Annual report on the lock hospitals of the Madras Presidency
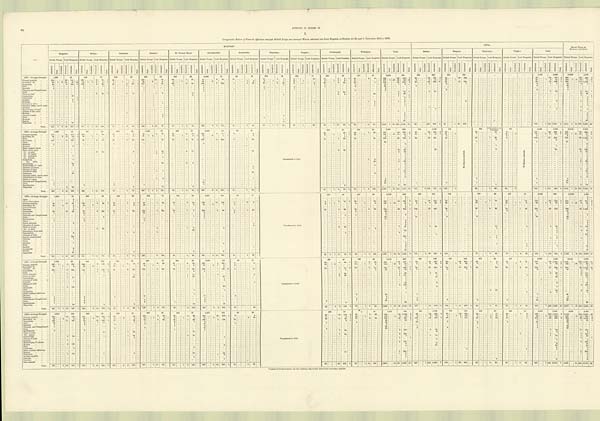
62
APPENDIX TO REPORT ON
I.
Comparative Return of Venereal Affections amongst British Troops and amongst Women admitted into Lock Hospitals at Stations for the past 5 Years from 1874 to 1878.
—
MILITARY.
CIVIL.
G R A N D T O T A L O F
MILITARY AND CIVIL.
Bangalore.
Bellary.
Cannanore.
Kamptee.
St. Thomas. Mount.
Secunderabad.
Seetabuldee.
Thayetmyo.
Tonghoo.
Trichinopoly.
Wellington.
Total.
Madras.
Rangoon.
Thayetmyo.
Tonghoo.
Total.
British Troops. Lock Hospitals. British Troops. Lock Hospitals. British Troops. Lock Hospitals. British Troops. Lock Hospitals. British Troops. Lock Hospitals. British Troops. Lock Hospitals. British Troops. Lock Hospitals. British Troops. Lock Hospitals. British Troops. Lock Hospitals. British Troops. Lock Hospitals. British Troops. Lock Hospitals. British Troops. Lock Hospitals. British Troops. Lock Hospitals. British Troops. Lock Hospitals British Troops. Lock Hospitals. British Troops. Lock Hospitals. British Troops. Lock Hospitals. British Troops. Look Hospitals.
A d m i t t e d .
Died.
I N v a l i d e d .
R e m a i n e d .
A d m i t t e d
D i e d .
A d m i t t e d .
D i e d .
I n v a l i d e d . Re ma i ne d.
A d m i t t e d .
D i e d .
A d m i t t e d .
Died.
I n v a l i d e d . R e ma i n e d .
A d m i t t e d .
Died.
A d m i t t e d .
D i e d .
I n v a l i e d e d . Re ma i ne d.
A d m i t t e d .
Died.
Admi t t t e d.
Died.
I nva l i de d.
R e m a i n e d .
Admi t t ed.
Died.
A d m i t t e d .
Died.
I n v a l i d e d . Remained.
A d m i t t e d .
D i e d .
A d m i t t e d .
Died.
I n v a l i d e d .
R e m a i n e d .
A d m i t t e d .
Died.
A d m i t t e d .
D i e d .
I n v a l i d e d .
R e m a i n e d .
A d m i t t e d .
D i e d .
A d m i t t e d .
Di e d .
I n v a l i d e d . R e m a i n e d .
A d m i t t e d .
D i e d .
A d m i t t e d .
D i e d .
I n v a l i d e d . Re ma i ne d.
A d m i t t e d .
D i e d .
A d m i t t e d .
D i e d .
I n v a l i d e d . R e m a i n e d .
A d m i t t e d .
Died.
A d m i t t e d .
D i e d .
I n v a l i d e d .
R e m a i n e d .
A d m i t t e d .
D i e d .
A d m i t t e d .
D i e d .
I n v a l i d e d .
R e m a i n e d .
A d m i t t e d .
D i e d .
A d m i t t e d .
D i e d .
I n v a l i d e d .
R e m a i n e d .
A d m i t t e d .
D i e d .
A d m i t t e d .
D i e d .
I n v a l i d e d . R e m a i n e d .
A D m i t t e d .
D i e d .
A d m i t t e d .
D i e d .
I n v a l i d e d
Re ma i n e d .
A d m i t t e d .
D i e d .
A d m i t t e d .
D i e d .
I n v a l i d e d .
R e m a i n e d .
A d m i t t e d .
D i e d .
A d m i t t e d .
D i e d .
I n v a l i d e d .
R e m a i n e d .
A d m i t t e d .
D i e d .
1874.—Average Strength.
1 , 6 8 0
97
838
73
589
29
995
72
354
28
2,465
78
46
19
678
19
428
13
250
3 5
471
31
8,814
494
603
929
872
353
...
...
1, 475
1,282
10,289
1,776
Primary syphilis
...
...
164
...
...
20
151
..
200
.
.
6
79
1
23
1
7
...
239 ...
.
16
76
...
25
...
...
1
39
...
44
2
29
13
1 6
2
7
34
6
1 21
2
6
...
793
56
419
2
3 3
34
2 2 1 3 34
30
249
67
...
...
64
470
3
860
120
889
5
Secondary do.
...
...
60
1
6
21
37
15
62
1
1
3
3
1
5
1
1
50
6
2
2
1
..
...
...
64
9
1
4
6
1
1
15
1
.
20
...
14
...
1 1
11
. . .
. . .
. .
. . .
. . .
277 2
27
26
52
16
9
6
21
1
23
1
32
... 1
6
21
1
309 2
18 32
73 17
Gonorrhœa
...
...
...
83
...
...
6
124
2
109
...
...
4
36
.. 25
3
23
1
117
...
...
1
10
...
29
3
40
149
7
132
7
4
59
2 9
5
29
11
2
2
20
1
...
605
35
503
3
55
62
582
*1
30
13
100
85
...
...
75 682
1
690
...
... 110
1,185 4
Bubo................
1
3
1
1
1
5
...
...
..
...
1
...
...
...
..
4
26
1
12
1
3
1
3
1
3
1 1
15
2
4
Balanitis ... ... ...
4
4
4
1
4
2
2
1
1
.
... 2
24
2
2
26
Phimosis and Paraphimosis ...
1
2
1
1
1
1
6
6
Gleet ... ... ...
...
...
...
...
...
...
...
..
...
2
29
1
...
...
...
...
...
...
...
...
...
...
...
...
...
...
...
...
...
...
1
...
..
...
...
..
...
...
...
...
...
...
...
...
...
...
. . .
. . . 1
2
. . . ...
...
3
3
.
5
Ulcer os uteri
1
9
1
3
10
..
...
.
...
...
...
...
...
1 ..
. . .
...
...
...
...
...
...
..
...
2
26
6
77
2
37
2 37
8
114
1
Leucorrhœa ... ...
...
...
...
19
..
...
...
...
...
...
...
...
...
...
...
...
...
...
... ...
...
...
...
...
...
...
5
...
...
...
...
...
...
...
...
...
...
...
...
...
...
...
... ...
2
4
...
...
... 19
2
48
1
...
...
...
..
...
...
...
...
...
...
...
...
...
...
...
2
48
Carcenoma ... ... ...
1
1
...
...
...
...
...
. . .
...
...
...
. . .
....
.
...
...
...
...
...
...
...
...
...
...
...
...
...
...
...
...
...
..
...
...
...
... ...
...
...
1
1
. . . . . .
...
....
. . .
...
...
...
.
...
...
...
...
....
...
...
...
...
...
...
.
...
...
...
...
...
...
...
...
...
...
...
... 1
1
Anæmia
...
...
...
...
...
...
...
2
1
...
...
...
...
...
...
..
...
...
...
...
...
...
...
...
...
...
...
...
...
...
...
...
...
...
...
...
...
...
...
...
..
...
...
...
...
...
...
...
...
...
...
..
...
...
...
...
...
...
...
...
...
...
...
...
...
...
...
...
... 2
...
...
...
...
...
...
...
...
...
...
...
...
...
...
...
...
...
...
...
...
...
...
...
...
..
....
...
...
...
...
... ...
... 2
1
Debilitas ... ... ...
1
..
...
...
...
... ...
...
...
...
...
..
...
...
...
...
...
...
...
...
...
...
...
...
...
...
...
... ...
. . .
1
1
...
...
...
...
...
...
..
...
...
...
... 1
Condyloma vulva ... ...
...
...
...
...
...
...
...
...
...
...
... ...
1
...
...
...
..
...
...
...
...
...
...
. . .
1
3
1
5
1
2
2
1 7
Granular inflam. cervix uteri.
...
...
...
...
...
...
..
...
..
...
...
...
...
...
...
...
...
...
...
...
..
...
..
...
...
.
...
...
...
...
...
...
... ...
..
...
. . .
...
...
...
...
...
...
...
. . .
...
...
...
...
...
1
.
...
... ...
1
...
...
...
...
...
...
...
...
...
...
...
...
...
... ...
1
Abrasion
...
...
...
...
...
...
.
...
...
...
...
. .
...
... ...
...
...
...
...
...
...
...
...
...
...
...
...
...
...
...
...
...
...
...
....
...
..
...
1
1
.
1
Hypertrophy of labia
...
...
...
...
...
...
...
...
...
...
...
...
...
...
...
...
...
...
...
...
...
... ...
...
...
...
...
...
...
...
...
...
...
...
...
...
...
...
...
...
...
...
...
...
..
..
...
...
...
...
...
...
...
...
...
...
...
...
....
...
...
...
...
..
...
...
...
...
..
1
...
...
...
...
..
...
...
1
1
Abscess of the vulva
...
...
...
...
...
...
..
...
...
...
...
..
...
...
...
..
...
...
...
...
...
...
...
.........
...
...
...
...
...
...
...
...
..
...
..
...
...
... ...
...
...
...
... ...
...
...
...
...
...
...
...
. . .
...
...
...
...
...
...
...
...
. .
...
...
...
. . . ...
...
1
. .
...
...
...
... 1
.
...
...
...
... 1
Metritis
..
...
..
..
...
1
...
...
...
...
...
...
...
...
...
...
...
...
...
...
...
...
...
...
...
...
...
..
...
...
...
...
...
...
...
...
...
. . .
...
...
. .
...
...
...
...
...
...
. .
...
...
...
...
...
...
1
...
...
...
...
...
...
...
...
...
...
Abscess of labia ... ...
...
...
...
...
...
...
. . .
...
...
...
...
...
. . .
...
..
...
...
...
...
...
1
...
..
...
..
..
..
...
...
...
...
...
...
...
...
..
...
...
...
...
...
...
...
...
.
1
1
Ulcer ...
...
...
...
...
...
...
...
...
...
...
...
. . .
...
...
...
...
...
...
...
3
...
...
...
...
...
...
...
...
...
...
...
...
...
3
...
...
...
...
...
...
...
...
...
...
. . .
...
...
. . ...
...
6
6
Enuresis
...
...
...
...
...
...
...
...
...
...
...
...
...
...
...
...
...
...
..
...
..
...
...
...
...
...
...
...
...
...
...
...
...
...
...
..
1
...
...
...
...
...
...
...
...
...
1
1
Scabies
...
...
...
...
...
...
...
...
...
...
...
...
...
..
...
...
...
...
..
...
...
...
...
...
...
...
...
...
...
...
...
...
...
...
..
...
...
...
...
...
...
...
...
. . . ... 1
...
...
...
..
...
...
...
...
. . .
. . .
...
...
...
..
...
1
1
Observatio
...
...
...
...
...
...
1
23
......
...
...
...
...
....
...
...
...
...
...
...
...
...
...
...
..
...
...
...
...
...
....
...
...
2
. .
... ...
. . .
...
...
...
...
...
. . .
...
...
...
......
25
...
...
...
...
...
...
...
1
25
...
Total....
312
1
6
49
357
19
378
1
1 15 148 3
57
..
1
6
40
1
408
...
6 18
96
...
57
...
1
4
94
...
269
...
9
9
161
..
21
5
63
54
...
1
7
45
... 63
1
26
44
...
1
13
84
1
56
...
...
3
31
...
1,719
2
27 130 1,146 24
99
106 862
5
93
1
43
352
...
192
...
1 149 1,214
5
1,911
2
18 279 2,360
29
1875 .—Average Strength
1,667
85
9 0 7
95
612
32
1,006
80
367
31
2,280
111
47
19
Transferred to Civil.
280
41
5 0 3
34
7,669
528
524
1,090
744
N o R e t u r n r e c e i v e d .
680
Information not
furnished.
471
No Return received.
2,449
1,090
10,118
1,618
Primary syphilis
...
...
110
...
.
21
117
3
125
...
..
7
64
...
15
1
9
72
..
.
3
25
...
2 5
6
10
..
199
...
.
4
61
..
3
2
20
24
1
49
...
1
25
...
618
43
337
4
36
36
281 2
57
...
.
20
25
8
121
36
306
2
739
79
643
6
Secondary do. ... ...
43
6
18
14
4
58
1
9
5
61
1
2
1 2 1
2
1
67
9
1
1
...
...
...
4
9
1
1
1
26
... 1
...
...
...
285
1
21
18
27
7
34
3
8
19
1
21
1
7
...
...
1
16
2
78
...
6
8
20
1
363
1
27 26
47
8
Bubo
...
...
...
1
1
...
. . ....
...
..
1
...
...
...
...
...
...
...
...
...
...
..
2
...
...
...
..
...
...
...
...
... 1
636
3
...
...
. . . ...
1
...
...
2
3
57
...
6
93
3
1
Gonorrhœa
...
...
...
134 ...
...
11
109
93
2
95
35
4
52
121
52
25
...
3
37
1
193
...
... 14
238
... 9
1
32
14
1
38
12
...
55
...
...
...
36
708
1
6 2 ...
...
56
4 3 1 ..
44
...
...
36
...
...
1
29
...
2
...
...
144
...
...
460
780
...
...
1,168
Ulcer
...
...
...
...
...
...
...
...
...
. .
...
...
..
. .
...
..
...
...
...
...
...
... ...
...
...
...
...
...
...
...
..
...
...
...
...
...
...
...
...
...
...
...
..
...
..
...
..
...
...
...
...
...
...
20
...
...
6
...
...
... 6
6
Balanitis
...
...
...
2
1
7
...
1
...
...
...
...
...
...
...
..
9
...
...
...
..
1
1
21
Anæmia
...
...
...
...
...
...
...
2
..
...
...
...
...
... ...
...
...
...
...
...
...
...
...
...
...
...
...
...
...
...
...
...
...
...
...
...
...
...
...
. . .
...
...
...
.....
...
...
...
...
2
...
. . .
...
...
...
...
...
...
..
...
...
...
...
...
...
...
...
...
...
...
...
...
...
... 2
Recto...vaginal fistula
...
...
...
...
...
...
...
. . .
...
...
.
. . .
...
. . .
...
..
...
. . .
...
...
...
...
...
...
...
...
..
...
...
...
...
...
...
...
...
...
...
...
...
...
...
...
...
...
...
...
...
...
...
...
...
...
...
...
...
...
...
...
...
...
...
...
...
...
...
...
...
1
1
Ulcer cervix uteri ... ...
. .
...
...
...
...
...
...
...
...
...
...
..
...
...
...
..
...
...
...
...
...
...
...
...
...
...
...
...
...
...
...
... 1
.
...
...
...
...
...
...
...
......
...
1
...
...
...
...
...
...
...
...
...
...
... 1
Do. os uteri
6
15
...
3
1
30
3
17
...
...
...
10
...
...
... 3
19
13
94
26
...
...
...
...
...
...
...
...
...
...
... 32
13
126
Do. of vagina ... ...
2
16
...
...
...
...
...
..
...
...
...
...
...
...
...
...
...
...
...
...
...
...
... 2
16
...
...
...
...
...
...
...
...
...
6
...
...
...
2
16
Do. perinæum ... ...
1
. .
...
..
...
...
...
...
...
...
...
...
...
...
...
...
...
...
...
...
...
...
...
..
...
...
...
... 1
...
. .
...
...
...
...
1
Do of labia ... ...
...
...
...
...
...
. . .
...
...
...
...
...
. . .
...
..
. . .
. . .
...
...
...
...
1
...
...
..
. .
...
...
...
...
...
...
...
...
...
...
...
...
...
...
...
...
...
...
...
...
...
1
...
...
...
...
...
...
...
...
...
...
...
...
...
...
...
...
...
...
1
Condyloma ... ... ...
1
..
...
...
..
...
...
...
...
...
...
...
...
...
...
...
...
...
...
...
...
...
...
...
...
...
...
...
...
...
...
...
...
...
...
... 1
...
...
...
...
...
...
...
...
...
...
1
Do. vulva ... ...
.
...
...
. . .
...
...
...
. . .
...
. . .
...
...
...
. . .
...
. . .
...
...
...
. . .
...
...
...
...
...
...
...
. . .
...
...
...
...
...
1
2
1
2
...
...
...
...
...
...
...
...
...
1
2
Leucorrhœa ...
...
...
...
...
...
...
12
...
...
...
...
...
...
...
...
..
...
1
29
2
6
...
...
...
...
...
48
2
96
...
...
...
...
...
..
...
2
96
Hypertrophy of vulva
...
...
...
...
...
2
...
...
...
...
..
...
...
...
...
...
..
...
...
...
....
...
....
...
...
...
..
2
...
...
...
...
...
...
...
...
...
...
...
...
...
...
...
...
...
... 2
Abrasion of uterus....
...
...
...
...
...
...
...
...
...
4
...
...
...
...
...
...
3
7
...
...
...
...
...
...
...
...
...
...
...
...
...
...
...
...
... 7
Œdema of labia ... ...
1
1
...
...
...
...
...
...
...
1
...
...
...
...
...
...
...
...
...
...
..
...
...
...
... 1
...
...
...
...
...
...
...
...
...
...
...
... 1
Abscess of labia
...
...
...
„,
...
...
1
...
...
...
...
. . .
...
...
...
...
...
...
...
...
. . .
...
...
...
...
...
...
...
...
...
... 1
2
...
...
...
...
...
...
...
...
...
...
1
2
Catamenia
...
50
...
...
...
...
..
..
...
...
...
...
...
...
...
...
..
...
...
...
...
...
...
...
...
...
...
10
...
...
...
...
. . .
...
60
...
...
...
...
60
...
Granular inflam. cervix uteri.
...
...
...
...
...
...
...
...
. . .
...
...
. .
. . .
...
...
. .
...
...
...
...
...
...
...
...
...
...
...
...
...
...
...
...
...
...
...
...
...
...
...
...
2
...
...
...
...
...
2
...
...
...
...
...
..
...
...
...
...
...
...
...
...
...
...
...
...
... 2
Inflammation of labia
...
...
...
...
...
...
...
...
...
...
...
...
...
..
...
...
1
1
2
...
...
...
...
...
...
...
...
...
...
...
...
...
...
...
. . .
...
...
...
...
1
...
...
...
...
...
...
...
...
...
...
...
...
...
...
...
... 1
Warts of vagina ... ...
...
...
...
...
. . .
. . .
...
..
...
. . .
...
...
...
...
...
...
...
1
...
...
. . .
...
...
...
...
...
...
...
... 1
3
...
...
. .
...
...
...
...
...
...
...
... 1
3
Phimosis and Paraphimosis....
1
..
...
..
...
...
...
...
...
...
...
...
...
...
...
2
...
...
...
...
..
...
...
...
...
...
...
3
...
...
1
...
...
...
1
4
Gleet ... .......
4
.
...
..
...
...
...
...
...
1
.
...
...
...
...
...
...
...
...
...
..
...
...
13
.
...
...
...
...
...
...
...
...
...
...
...
...
...
...
...
18
...
...
...
...
...
...
...
...
...
...
...
18
Epididymitis....
...
...
7
3
3
2
...
...
5
...
...
...
...
..
...
...
...
...
...
...
...
...
...
....
...
...
20
1
2
1
4
...
...
24
. . ...
...
...
Observatio ... ... ...
2
53
. . .
...
....
...
3
12
3
...
...
...
...
..
...
...
...
...
2
73
...
...
...
...
...
...
1
...
...
...
.....
...
...
...
...
...
...
...
2
74
...
Total ...
302
...
363
7
280
...
1
15
175
...
70
...
...
5
74
...
257
1
2
8
168
...
62
...
1
14
75 2
490
...
9
18
300
1
12
1
64
43
...
1
4
85
2
87
...
1
2
136
...
1,603
1
21
19
1,440
12
133
...
3 100
757
3
125
...
1
66
1
69
28
2
352
...
6 101
826
3
1,955
1
27 220
2,266
15
1876.—Average Strength.
1,641
76
898
80
626
33
909
74
341
28
2,327
121
50
10
Transferred to Civil.
267
40
447
40
7,576
508
636
747
7 4 2
...
674
24
457
11
2,509
782
10,085
1,290
Ague ... ... ... ...
2
...
...
...
...
...
...
...
...
...
...
...
...
...
...
...
...
...
...
...
..
...
...
...
...
...
...
...
...
...
...
...
...
...
...
...
...
...
...
...
...
...
... 2
...
...
...
...
2
...
Acute rhenmatism ...
...
...
...
...
...
1
...
...
...
...
...
...
.
...
...
...
...
...
...
...
...
...
...
...
...
...
...
...
1
.
. . .
......
...
. . . ..
...
...
...
...
...
...
...
...
...
...
...
...
...
...
...
...
...
...
...
...
...
...
...
... 1
Primary syphilis
...
...
40
...
...
10
61
1
141
...
...
4
48
2 13
1
2
1
57
1
50
19
2
12
183
11
143
3
2
2
5
5
18
2 26
55
...
487
..
34
391 6
49
37
313
2
57
19
1
15
48
10 ... 173
...
...
39
338
2
660
.
...
73
729
8
Secondary do. ... ...
24
4
4
.
16
7
40
18
1
3
75
5
1
2
3
1
1
8
1
5
...
187 1
18
... 15
.
8
2
3
29
1
22
4
...
19
... 1
....
10
... 1
1
8
59
...
8
3
37
1
246
1
26
3
62
1
General dropsy
...
...
...
...
...
...
1
...
...
... ...
.....
...
...
...
...
...
...
...
...
... ... 1
1
...
...
.........
. . . .
...
...
...
...
...
...
...
...
...
...
...
...
...
...
...
...
...
...
...
...
1
1
Diarrhœa
...
...
...
...
...
...
...
2
1
108
...
...
... ...
. . .
...
...
...
...
...
...
...
...
...
... ... 2
103
...
...
...
...
...
. . . ...
...
......
...
...
...
...
...
.
...
...
...
...
...
...
...
...
...
...
..
2
Gonorrhœa
...
...
...
88
...
...
12
93
...
75
8 199
1
12
1
62
158
22
1
7
209
3
98
8
1
50
13
...
... 4
33
... 19
3
54
604
33
704
1
55
447
40
37
3
28
14
1
43
194
59 518
798
1,222
1
Balanitis
...
...
... 4
10
1
12
1
9
3
...
...
...
...
. . .
... 2
42
1
4
5
47
Phimosis and Paraphimosis.
...
...
...
...
...
...
1
3
...
...
...
...
.. 2
.
...
...
...
...
.
1
1
3
3
Bubo ...
...
...
...
...
...
...
...
...
...
...
...
...
1
6
...
...
...
...
...
...
... ...
7
5
11
7
5
Epididymitis
...
...
1
5
7
7
...
...
...
...
...
...
...
...
...
...
...
...
...
...
...
...
...
...
20
3
2
16
36
Gleet ... ... ... ...
5
3
3
...
...
...
..
...
...
...
...
...
...
...
...
...
11
11
Pelvic cellutitis
...
...
..
...
...
2
...
..
...
...
... ...
. . .
...
...
...
...
...
...
...
...
...
... ... 2
2
Abrasion of uterus ...
...
...
...
...
..
...
...
...
...
...
...
...
...
..
...
...
...
...
...
...
...
...
...
...
...
...
...
...
...
...
...
...
...
...
...
...
...
...
1
...
...
... ...
. . .
...
...
...
...
...
...
...
...
...
... ... 2
2
Ulcer of uterus
...
...
...
...
...
...
...
...
...
...
2
23
...
...
...
...
...
1
...
2
...
...
. . 2
13
...
...
...
...
...
...
...
...
...
... ... 3
...
...
...
...
...
...
...
..
...
...
...
...
... 3
Do. os uteri
...
...
...
...
...
...
...
...
...
..
2
1
7
4
1
8
7
47
4
36
15
5
4 56
11
103
Excoriation of os uteri ...
...
...
...
...
...
...
...
...
...
...
... 53
...
...
...
...
...
..
...
...
...
1
1
.
...
...
...
... 1
Leucorrhœa ... ... ...
2
...
...
...
...
...
...
..
...
... 1
3
2
...
. . .
...
...
...
...
...
...
...
...
... ...
7
...
...
...
......
...
...
...
...
... ...
73
...
. . . . ...
...
...
...
...
...
...
...
...
...
...
...
...
...
..
...
...
...
...
...
...
...
... 1
...
...
... ...
4
73
...
Abscess of labia ... ...
...
...
...
...
...
...
...
...
...
...
...
...
...
...
...
...
...
...
..
...
...
...
...
...
...
...
...
...
...
...
...
...
...
...
4
..
...
...
...
...
...
...
...
...
...
... 1
... ...
...
1
Scanty menstruation ...
107
..
..
..
..
...
...
...
...
...
...
...
...
...
...
..
...
...
...
..
...
...
...
...
...
...
...
...
...
...
...
...
...
...
...
...
...
..
...
...
...
...
1
..
...
...
...
...
...
...
...
...
107
Abscess
...
...
...
...
...
...
...
1
...
...
...
...
...
...
...
...
...
...
...
...
..
...
...
... ...
. . .
.
...
...
...
...
...
...
...
...
...
107
...
...
...
...
. . .
...
...
...
...
1
...
...
...
...
...
...
...
1
...
...
...
...
... 2
Ulcer ... ... ...
...
...
...
...
...
...
...
...
...
...
...
...
...
...
...
...
..
...
...
...
...
...
...
... ...
. . . . .
1
...
...
...
...
...
...
...
...
...
...
...
...
..
..
...
...
1
1
...
...
...
...
1 1
...
...
...
... 1
1
Whitlow ... ... ...
1
...
...
...
...
...
. . .
...
...
...
...
...
...
...
...
...
...
...
...
...
...
...
...
...
...
...
...
...
...
...
...
...
...
..
...
...
...
...
...
...
...
...
...
...
...
...
...
...
...
...
...
...
...
...
...
...
...
...
...
...
...
...
1
Wart ... ... ...
. . .
...
...
...
. . .
...
...
...
...
...
...
...
...
...
...
...
...
...
...
2
...
...
...
...
...
...
...
...
...
...
..
...
..
...
...
...
...
...
...
... 1
...
...
...
...
...
...
...
...
...
...
...
...
2
Scabies ... ... ...
...
...
...
...
...
...
. . .
...
...
...
...
..
...
...
...
...
...
..
...
...
...
...
...
...
...
...
...
...
...
...
...
...
...
...
...
...
...
...
..
...
...
...
...
...
...
...
...
...
...
...
...
...
...
...
...
2
...
...
...
...
...
...
...
...
...
...
...
...
...
1
...
..
...
...
..
1
1
Condyloma ... ... ...
8
...
..
...
...
...
...
...
...
..
...
...
...
...
...
...
...
...
...
...
...
...
...
...
...
...
...
...
...
...
1
...
..
...
...
...
...
...
..
...
...
...
...
9
1
1
10
Wound
...
...
...
...
...
...
...
1
...
...
...
...
..
...
...
...
...
...
...
...
...
...
..
...
...
...
...
...
...
...
...
...
...
...
...
..
...
...
... ...
. . .
...
...
...
......
...
...
...
... ... 1
1
Observatio ... ... ...
...
...
41
...
...
...
...
...
...
...
...
...
...
4
...
...
2
...
2
...
...
...
...
...
............
...
49
...
...
...
............
...
...
...
...
...
49
...
Total ...
162
...
...
22
327
2
25
.
7
14
273
3
66
...
...
3
74
1
255
...
...
6
158
...
43
...
...
4
85
...
491
...
5
13
250 ...
16
3
56
21
1
1
11
72
2
56
...
1
4
123 ...
1,361
1
18
78 1,418
8
171
...
2
99
826
3
123
..
4
...
. . . ...
77
, .
1
5
...
62
...
76
...
1
2
67
...
447
...
8 106
955
3
1,808
1
26 184 2,373 11
1877.—Average Strength.
1,730
89
844
105
6 3 4
30
830
70
3 2 1
49
2 , 4 0 0
150
49
18
Transferred to Civil.
285
45
523
43
7,616
599
646
809
750
443
572
25
417
2,385
1,277
10,001
1,876
Primary syphilis
...
...
226
1
. . .
4
105
1
242
...
..
6
113
4 6
1
8
1
48 ...
.
3
30
...
3 7
3
16
...
245
...
...
4
282
..
7
2
33
...
.
4
32
1
17
2
39
...
860
1
27
627
7
69
48
397
3
69
28
600
1
20
...
...
1 4
19
...
. . .
2
21
...
177
...
...
79 1,022
4
1,037
1
...
106 1,649
11
Secondary do.
...
...
23
1
2
13
8
14
1
8
1
5
3
65 ...
2
1
2
10
...
5
...
...
...
14
...
1
1
2
...
154
..
19 2
10
5
1 6
39
3
28
2
3
33
4
...
1
...
4
...
4
...
...
...
41
...
7
9 73
3
195
... 26
11
83
3
Tertiary
do. ... ...
...
..
...
...
...
...
...
...
...
...
...
...
...
...
...
...
...
...
...
...
...
*1
44
...
...
...
...
5
...
..
...
...
...
5
Gonorrhœa
...
... ...
170
...
...
2
204
141
...
...
7
273
3
33
...
3
34
...
119
...
...
5
127
...
53
...
...
1
39
...
183
...
...
1
126
5
47
...
52
...
.. 1
1
3 32
2
52
788
..
22
964
7 92
35
424
5
34
10
3 1 0
1
33
...
...
32
25
2
33
184
...
... 47
799
6
972
...
... 69
1,745
13
Bubo ... ... ... ...
7
1
6
1
2
2
...
..
...
...
...
...
...
...
1
...
10
...
...
1
10
1
1 ...
...
...
...
2
7
...
...
...
....
...
...
..
3
7
13
1
17
1
Pelvic cellutitis ... ...
1
..
...
. . .
..
..
...
...
...
...
...
...
...
...
...
...
...
..
...
...
...
...
...
...
...
...
...
...
...
1
1
Ulcer os uteri
...
...
...
...
...
...
...
...
...
2
...
...
...
5
1 11
...
....
...
2
...
...
...
8
1
33
... 4
86
2
27
2
27
..
...
...
6 113
...
Leucorrhœa ... ... ...
1
17
. . .
...
...
...
. . .
..
...
...
39
1
51
27
...
...
...
...
...
2
43
...
...
...
...
...
...
...
...
...
...
4 151
1
4
..
...
5
4
156
Abscess of labia
...
...
...
... ...
...
...
...
...
. . .
...
...
...
...
...
...
...
...
...
...
...
1
...
...
...
...
...
...
...
...
1
16
... 16
17
...
Contusio ... ... ...
1
...
..
...
. .
.
...
...
...
...
...
...
...
...
...
...
...
...
...
...
...
...
...
...
...
...
1
...
...
...
...
...
...
...
...
...
1
1
Œdema of labia ... ...
......
...
...
...
...
...
...
...
...
...
. ..
. . .
....
.. . ...
...
...
...
...
...
...
...
..
...
...
...
.. . 1
...
. . .
...
...
...
...
...
...
...
...
... ... 1
1
Ulcer ... ... ... ...
. . .
...
...
...
...
...
...
...
...
...
...
...
...
...
...
...
...
...
...
...
...
...
...
...
...
...
...
..
...
...
...
...
...
45
2
2
4.
47
Catamenia
...
...
...
...
...
...
4
158
..
...
..
...
...
...
...
. . .
...
...
...
...
...
...
...
...
...
...
...
1
...
...
...
...
...
45
...
...
...
...
...
...
...
...
...
..
...
...
...
...
4 158
...
...
...
...
158
...
Wart ... ... ...
...
...
. . .
.
...
...
...
...
...
...
...
...
...
...
...
...
...
...
...
...
...
...
..
...
...
...
...
...
...
...
..
...
...
...
...
...
...
...
...
... 1
...
...
...
4 ...
...
...
...
...
...
...
...
...
...
...
...
..
...
...
...
...
...
...
...
4
...
5
Condyloma ... ... ...
...
...
...
...
...
...
...
...
...
...
...
...
...
...
..
1
...
...
...
..
...
...
...
...
...
...
...
...
...
1
...
...
...
...
...
...
...
...
...
...
...
...
...
...
...
...
1
Other venereal affections ...
...
...
...
...
...
...
...
...
...
...
...
...
...
..
...
...
...
...
...
...
...
...
...
...
...
...
1
1.
...
...
...
...
...
...
...
...
...
...
...
...
...
...
...
...
...
...
..
...
...
...
...
...
...
..
...
...
...
2
10
...
...
...
...
...
...
... 10
2
10
Metritis
...
...
...
...
...
...
...
...
...
...
...
...
...
..
...
.
...
10
...
...
......
...
...
...
...
...
...
...
...
...
...
...
...
..
...
...
..
...
...
..
..
1
...
...
...
...
...
..
...
...
1
2
1
. ... ...
...
2
Balanitis
...
...
...
1
5
1
..
...
...
. . .
...
17
2
...
...
...
...
. . .
3
...
...
...
...
39
1
...
...
...
...
... 1
40
. ...
...
...
Phimosis and Paraphimosis....
2
1
..
...
...
. . .
...
...
...
...
...
...
...
...
...
...
...
...
...
1
...
...
...
...
..
...
...
...
...
...
...
4
...
...
...
...
...
.
..
...
...
...
4
Gleet ... ... ... ...
1
3
...
...
...
...
...
1
3
...
...
...
...
... 1
9
7
...
...
...
...
. .
...
...
...
...
... 7
16
. ...
...
...
Epididymitis....
...
...
1
8
...
...
...
...
...
3
1
6
12
2
1
22
2 ...
...
...
...
...
6
...
...
...
..
..
2
...
...
...
...
4
...
...
...
..
...
14
36
Observatio ... ... ...
...
60
...
...
...
4
...
...
...
3
...
...
...
...
...
...
..
... 14
...
...
...
..
..
...
...
...
...
... ...
3
...
...
96
..
...
...
....
...
...
.......
...
...
..
...
...
...
...
....
...
96
Total ...
431
1
1
12
547
1
414 1 ...
8
14
398
8
54
..
1
4
89
1
189
...
1
8
157
...
96
...
...
6
138
...
522
...
2
8
503
1
16
58
96
5
8
156 4
68
1
54
94
...
1,886
1
19
65 2,140
15
177
...
1 9 1
910
11
139
...
2
41
9502
59
...
3
47
...
52
...
4
4
59
...
427
...
7 139 1,966 13
2,313
1
26 204 4,106
28
1878.—Average Strength.
1,610
109
869
96
640
47
845
65
313
67
2,471
254
48
20
Transferred to Civil.
269
70
4 0 7
41
7, 472
769
590
1,129
750
464
618
25
398
15
2,356
1,633
9,828
2,402
34
...
...
10
116
3
21
....
.
8
29
...
947
...
82 1,049
8
95
...
..
62
628
5
50
...
59
562
...
24
...
13
26
...
1
9
195 ...
122
1,212
5
1,142
204 2 261
13
Primary syphilis
...
...
220
...
..
15
149
...
171
...
..
13
131
4
38
...
...
...
15
...
102
...
. . .
3
59
...
58
...
..
3
66
...
294
...
...
30
476
1 9
5
Secondary do. ... ...
36
...
3
4
23
3
6
12
2
2
18
1
3
9
1
7
45
3
2
29
11
6
1
18
... 1
. . .
...
1 7 2 ... 14
2
57
1
9
...
1 3
5 5
4
...
2
3
1 7 5
5
... 1
4
15
... 11
1
3
29
... 5
10
248
201
...
19 12 305
1
Gonorrhœa
...
...
186
...
1
197
...
74
13
206
51
43
72
8 65
33
1
68
266
3
146
12
39
...
... 11
83
1
16
...
... 6
76
...
7 4 9
...
...
53
887
4 126
...
35
302
2
45
7
200
... 20
4
23
19
7
... 210
...
...
46
532 2
959
...
...
99 1,419
6
Bubo
...
... ...
20
3
1
15
1
1
2
1
2
1
5
1
...
...
...
...
28
...
... 1
22
1
1
1
29
22
1
Balanitis ... ... ...
7
2
4
3
7
26
1
2
...
53
12
3
2
2
...
...
...
...
..
19
72
Phimosis and Paraphimosis.
1
...
...
...
...
...
...
...
...
...
...
...
1
3
...
...
... ...
. . .
...
5
1
1
6
Gleet
...
...
...
...
...
...
...
...
..
..
...
...
...
...
...
2
5
15
...
...
... ...
. . .
...
...
...
...
...
22
1
1
23
Epididymitis ... ...
5
5
...
. . .
...
...
...
...
...
...
...
1
5
4
20
3
3
..
1
...
...
...
...
...
...
...
...
...
...
7
..
27
.
...
Ulcer os uteri
...
...
...
...
...
...
...
...
...
...
...
15
...
1
22
...
...
...
...
...
...
...
...
...
...
11
7
58
...
...
...
...
8
106
...
. . . ...
... 2 28
..
...
...
...
...
...
...
...
...
...
...
2 28
10
134
Do. vagina
...
...
...
...
...
...
...
...
...
..
...
...
...
.
...
...
...
...
...
...
...
...
...
...
...
...
...
...
...
...
...
...
...
...
...
...
...
...
...
...
...
...
...
... ...
. . .
...
...
...
. . . .
...
...
3
. . . ...
...
...
...
...
...
.
3
3
Leucorrhœa
2
26
1
1
63
2
10
...
... 1
24
...
...
...
...
... 6
124
...
...
...
...
...
1
... 1
...
7
124
Abscess of labia ... ...
...
...
...
...
1
...
...
...
...
...
...
...
...
...
7
...
...
...
...
...
... ...
. . .
...
...
...
...
...
...
...
...
...
8
1
14
...
...
...
...
...
...
1
14
1
22
Contusio
...
...
...
...
...
..
1
1
...
...
...
. . .
...
...
......
...
...
...
...
...
...
...
...
...
...
...
...
...
...
...
...
...
...
...
...
...
...
...
...
...
...
...
...
...
...
...
...
...
1
...
1
. . . ...
... ...
.
...
...
...
...
...
.
.
...
...
...
...
...
...
...
...
1
1
Hypertrophy of clitoris
...
...
...
...
..
.
...
...
...
.
..
...
..
...
...
...
...
...
...
..
...
...
...
...
...
...
...
...
...
...
..
...
...
...
...
...
...
...
...
...
...
...
...
...
...
...
...
...
...
...
...
1
1
1
Menses
...
...
...
...
...
...
2
155
. . .
...
...
...
. . .
...
...
....
....
...
...
...
..
...
...
...
...
...
...
...
...
...
...
...
...
...
...
...
...
... ...
...
..
...
....
...
...
...
...
...
...
...
2 155
. . . ...
... ...
...
...
...
...
...
...
...
...
...
..
...
...
...
...
...
...
2
155
Wart
...
...
...
...
...
...
...
...
...
. . .
...
...
..
..
...
...
. . .
...
...
...
...
...
...
...
...
...
...
...
...
...
5
...
...
... ... 5
.
. . . ...
... ... 6
6
11
Condylona ... ... ...
2
...
...
...
. . .
...
...
...
...
...
...
...
...
...
...
2
...
...
...
...
...
...
. . .
...
...
...
...
...
...
...
...
...
4
...
...
...
...
...
1 6
...
...
...
...
. . . ...
..
.
...
...
...
..
...
...
...
...
...
...
16
20
Other venereal. affections ...
...
...
...
...
...
.,.
. . .
...
...
...
...
...
...
...
...
....
...
...
...
...
...
...
...
...
...
...
...
...
...
...
...
...
...
...
...
...
...
...
....
...
...
...
...
...
...
...
...
...
...
...
...
...
...
...
...
...
. . . ...
...
...
...
...
...
...
...
...
...
...
...
...
...
4
.
4
Metritis
...
...
...
...
...
...
...
...
...
...
..
. .
..
...
. . .
...
...
...
...
...
...
...
...
...
...
...
...
...
...
...
...
...
... ...
4
1
1
1
Observatio
..
...
...
...
...
...
5
172
...
. . .
...
..
1
...
17
12
...
...
... ...
13
..
...
...
...
...
...
...
...
...
...
5 224
5
224
Tertiary syphilis ... ...
...
...
...
...
...
...
...
...
...
...
...
...
...
...
...
...
...
...
...
1
3
...
...
...
...
...
...
...
...
...
...
...
...
...
...
...
...
...
...
...
1
3
...
...
...
...
...
...
...
...
...
...
...
...
...
1
3
Fracture
...
...
...
...
...
...
...
...
..
...
...
...
..
...
...
. . .
..
...
...
...
...
...
...
...
...
...
...
...
...
1
...
...
...
...
...
... ...
...
...
...
...
...
...
...
...
...
...
... ... 1
...
...
...
...
...
...
...
...
...
...
...
...
...
...
...
...
...
...
...
...
...
...
...
...
1
Pruretus ... ... ...
1
...
.„
...
...
...
...
...
...
...
...
...
...
...
... ...
1
...
. . . ...
...
...
. . . ...
...
...
...
...
. . . ...
...
...
...
..
...
...
...
...
...
...
...
...
1
Non...venereal ... ...
...
...
...
......
...
...
....
....
...
..
....
...
....
...
. . .
...
...
...
...
...
...
...
...
...
...
..
...
...
...
...
...
...
...
....
.
...
...
...
...
...
....
...
...
...
...
...
8
...
...
...
...
...
...
8
...
Total....
475
...
3
36
705
1
278
..
3
27
378
7
107
...
2
2
156
...
201
...
1
11
127
...
111
...
1
6
183
...
656
...
3
34
650
1 22
2
34
89
...
.
29
305
6
57
...
1
14
108
...
1,996
...
14 161 2,646 15
247
... 1
103 1,053
7
105
2
69
941
...
53
...
59
... 58
...
1
2
20
...
463
...
5 182 2,073
7
2,459
...
19
343 4,719
22
• Admitted for gonorrhoea, but her condition was broken down from secondary syphilis.